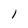
Character: 1